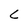
Character: C